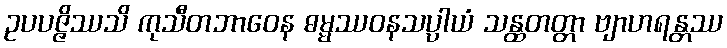
ဥပပဇ္ဇိဿသိ ကုသီတဘာဝေန ဓမ္မဿဝနသပ္ပါယံ သန္ထတတ္တာ ဗျာဟရန္တဿ